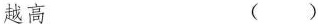
越高 ( )